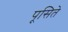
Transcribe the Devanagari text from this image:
पूसिते